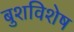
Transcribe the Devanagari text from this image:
बुशविशेष